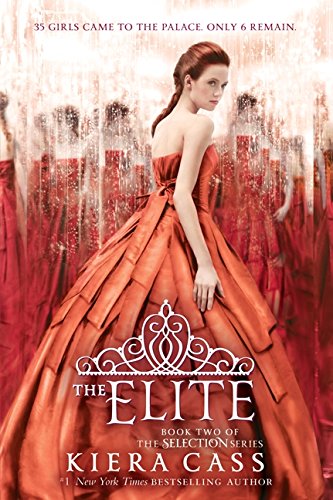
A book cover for The Elite (The Selection); Kiera Cass; Teen & Young Adult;